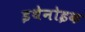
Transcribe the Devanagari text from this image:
इथेनोइक